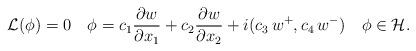
LaTeX: \begin{align*} {\mathcal L}(\phi)=0 \quad\phi=c_1\frac{\partial w}{\partial x_1}+c_2\frac{\partial w}{\partial x_2}+i(c_3 \,w^+,c_4\,w^-)~~~ \phi \in \mathcal H.\end{align*}